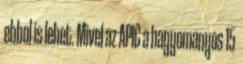
ebbol is lehet. Mivel az APIC a hagyomanyos 15